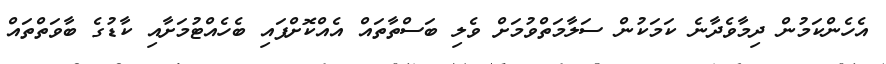
އެހެންކަމުން ދިމާވެދާނެ ކަމަކުން ސަލާމަތްވުމަށް ވެލި ބަސްތާތައް އެއްކޮށްފައި ބެހެއްޓުމަށާއި ކާޑުގެ ބާވަތްތައް